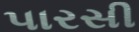
પારસી